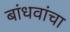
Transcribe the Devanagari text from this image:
बांधवांचा